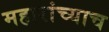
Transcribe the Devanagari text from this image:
महारांच्याच